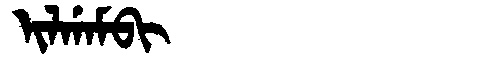
Manchu: ᡳᠯᡤᠠᠮᠪᡳ
Romanization: ILGAMBI